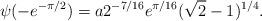
LaTeX: \begin{align*}\psi(-e^{-\pi/2}) = a 2^{-7/16} e^{\pi/16} (\sqrt{2}-1)^{1/4}.\end{align*}